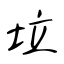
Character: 垃